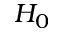
H _ { 0 }